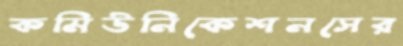
কমিউনিকেশনসের